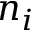
n _ { i }